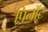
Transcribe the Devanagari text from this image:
पिनॉट